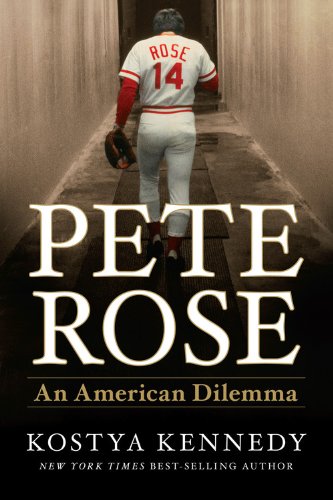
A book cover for Pete Rose: An American Dilemma; Kostya Kennedy; Biographies & Memoirs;